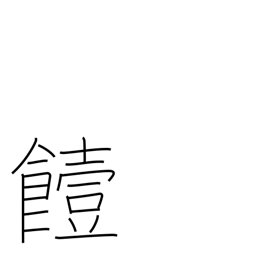
Meaning: go bad